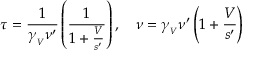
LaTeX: \tau = { \frac { 1 } { \gamma _ { _ { V } } \nu ^ { \prime } } } \left( { \frac { 1 } { 1 + { \frac { V } { s ^ { \prime } } } } } \right) , \quad \nu = \gamma _ { _ { V } } \nu ^ { \prime } \left( 1 + { \frac { V } { s ^ { \prime } } } \right)